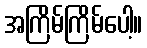
အကြိမ်ကြိမ်ပေါ့။